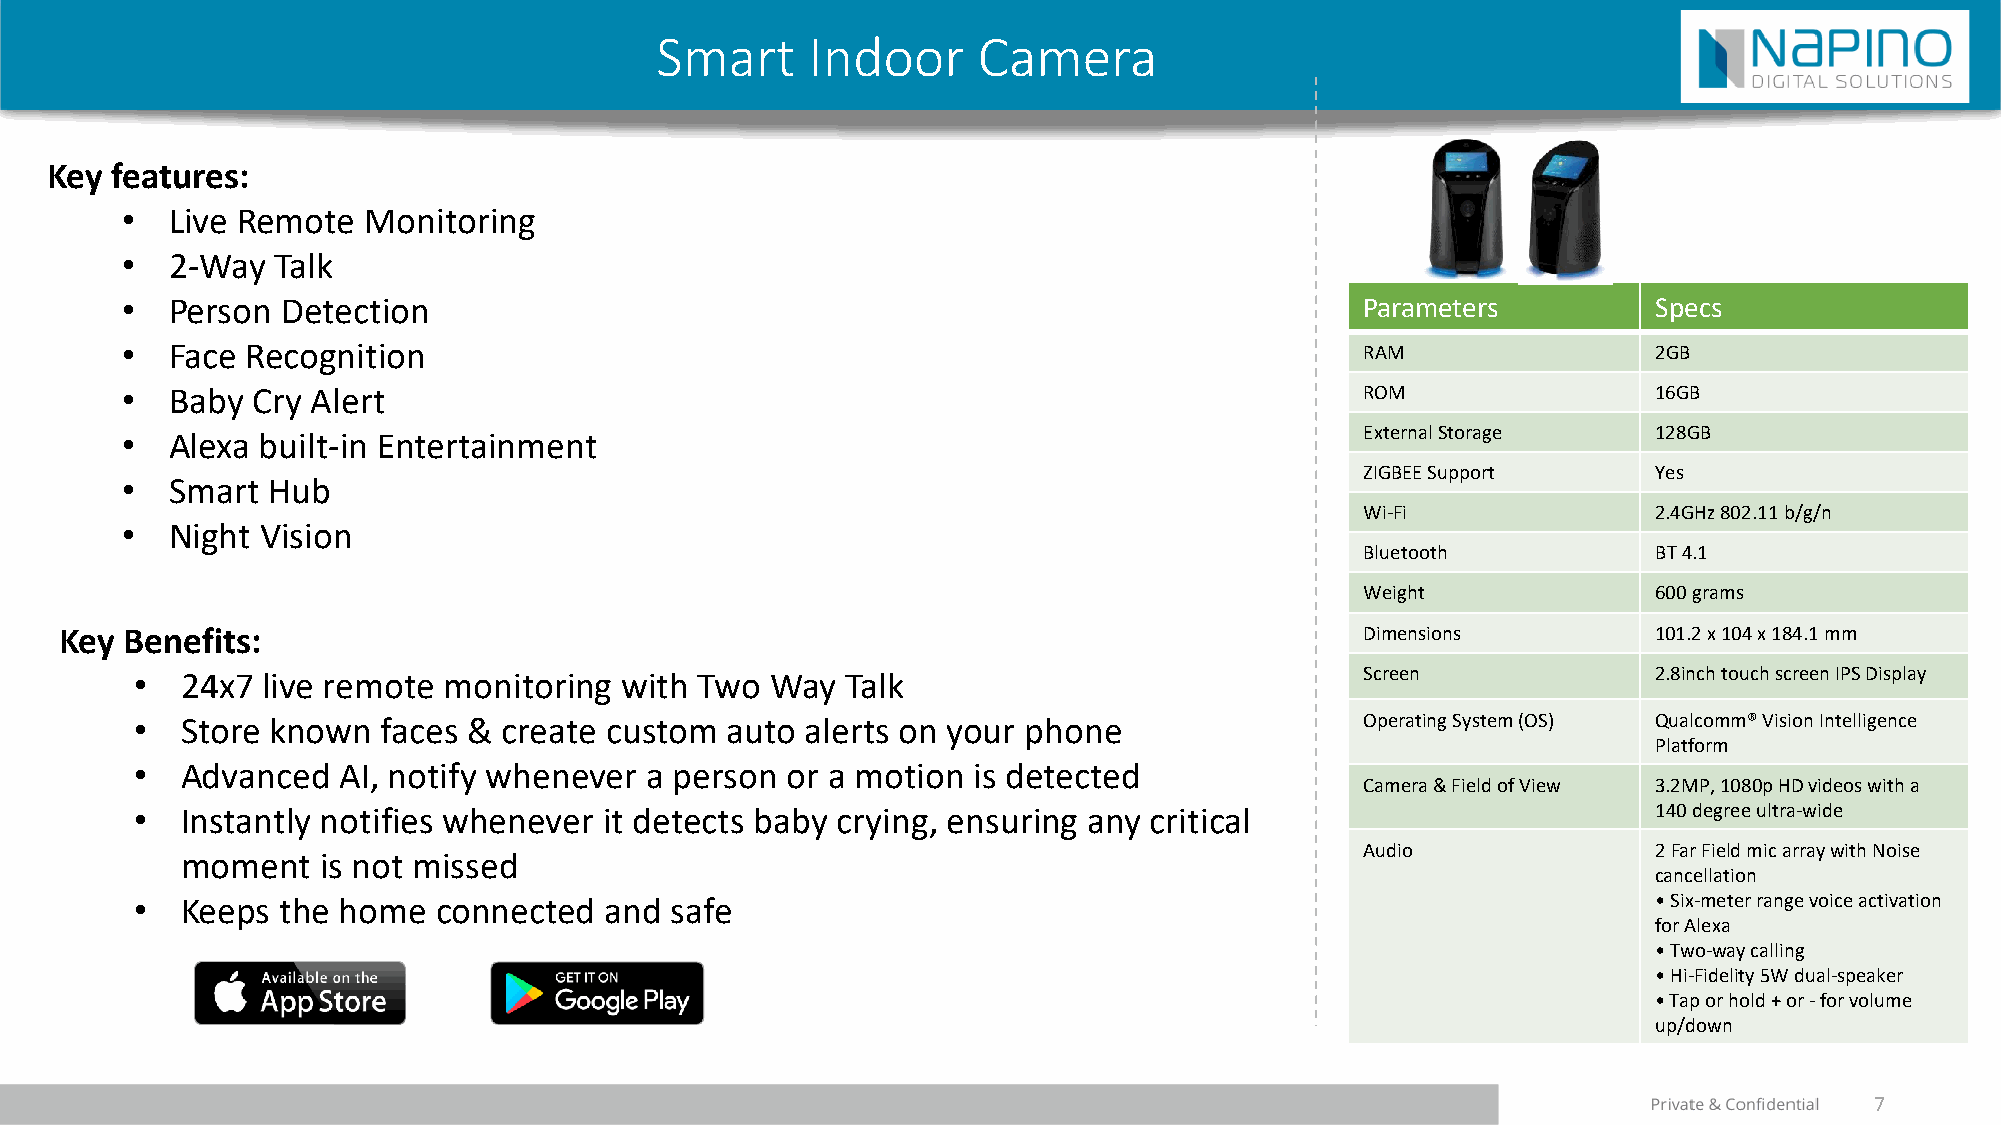
Smart      Indoor     Camera
 Key features:
 •  Live Remote  Monitoring
 •  2-Way  Talk
 •  Person  Detection                                                              Parameters          Specs
 •  Face Recognition                                                               RAM                 2GB
 •  Baby  Cry Alert                                                                ROM                 16GB
 •  Alexa built-in Entertainment                                                   ExternalStorage     128GB
 ZIGBEE Support      Yes
 •  Smart  Hub
 Wi-Fi               2.4GHz 802.11 b/g/n
 •  Night Vision
 Bluetooth           BT4.1
 Weight              600 grams
 Key Benefits:                                                                         Dimensions          101.2 x 104 x 184.1 mm
 •  24x7 live remote monitoring  with Two  Way  Talk                              Screen              2.8inch touch screen IPS Display
 •  Store known  faces & create custom  auto alerts on your phone                 Operating System (OS) Qualcomm® Vision Intelligence
 Platform
 •  Advanced  AI, notify whenever  a person or a motion is detected
 Camera & Field of View 3.2MP,1080p HD videos with a
 •  Instantly notifies whenever it detects baby crying, ensuring any critical                         140 degree ultra-wide
 Audio               2Far Field mic array with Noise
 moment   is not missed
 cancellation
 •  Keeps  the home  connected  and safe                                                              • Six-meter range voice activation
 for Alexa
 • Two-way calling
 • Hi-Fidelity 5W dual-speaker
 • Tap or hold + or -for volume
 up/down
 7